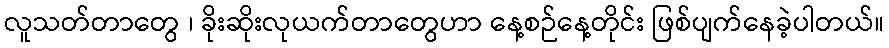
လူသတ်တာတွေ ၊ ခိုးဆိုးလုယက်တာတွေဟာ နေ့စဉ်နေ့တိုင်း ဖြစ်ပျက်နေခဲ့ပါတယ်။